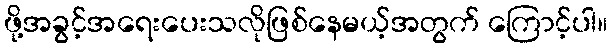
ဖို့အခွင့်အရေးပေးသလိုဖြစ်နေမယ့်အတွက် ကြောင့်ပါ။